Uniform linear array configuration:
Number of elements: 24
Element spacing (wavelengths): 0.25
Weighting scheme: hamming
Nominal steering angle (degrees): -60
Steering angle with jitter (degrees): -59.739
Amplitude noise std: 0.05
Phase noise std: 0.05

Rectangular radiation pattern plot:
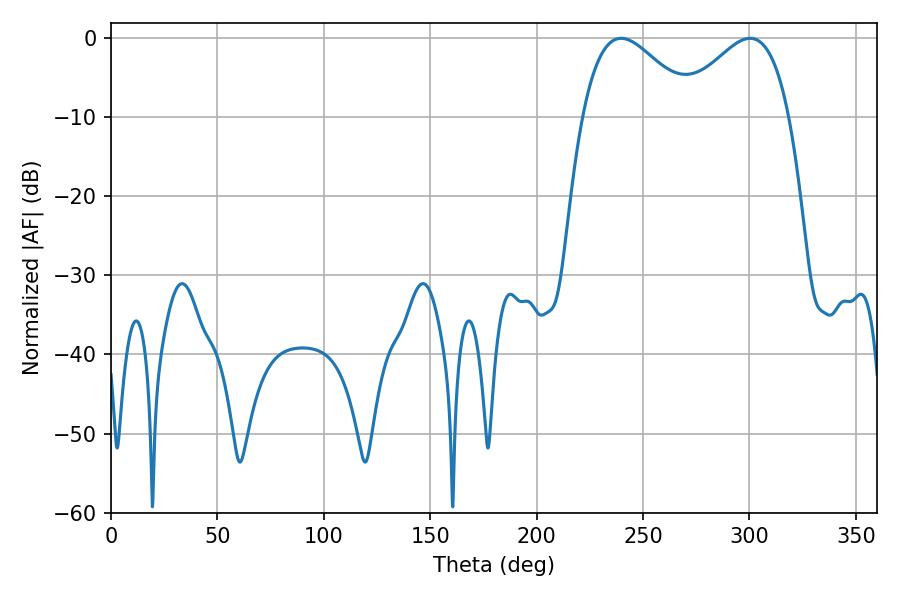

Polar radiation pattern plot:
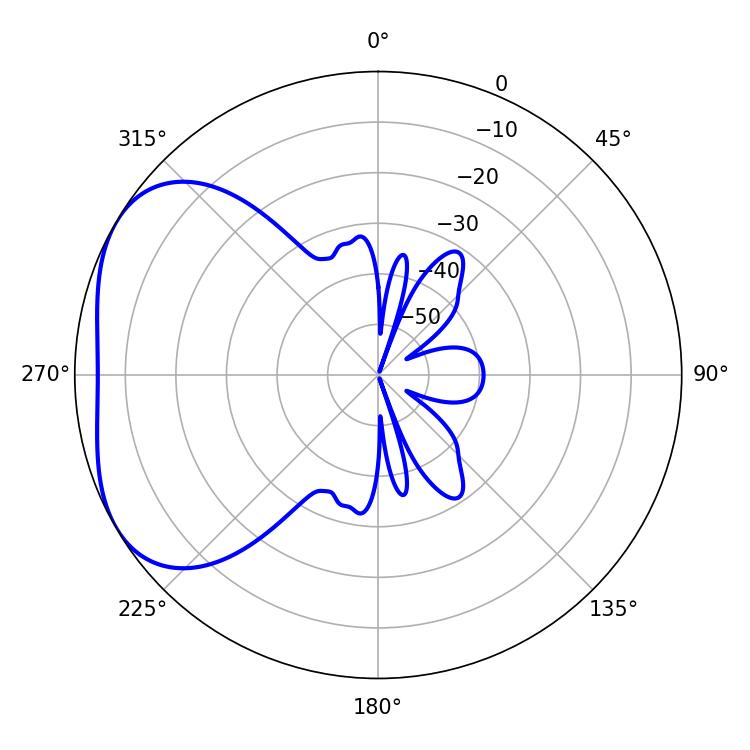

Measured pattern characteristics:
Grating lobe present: FALSE
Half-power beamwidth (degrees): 28.26
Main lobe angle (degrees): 239.76